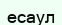
есаул